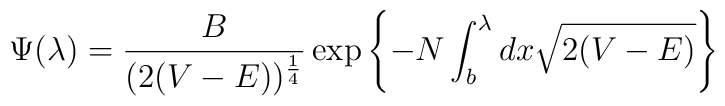
\Psi (\lambda) = \frac{B}{(2(V-E))^{\frac{1}{4}}} \exp \left \{ -N\int_{b}^{\lambda} dx \sqrt{2(V-E)} \right \}